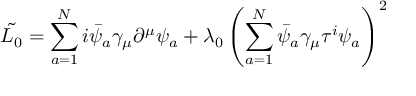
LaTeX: \tilde { L _ { 0 } } = \sum _ { a = 1 } ^ { N } i \bar { \psi } _ { a } \gamma _ { \mu } \partial ^ { \mu } \psi _ { a } + \lambda _ { 0 } \left( \sum _ { a = 1 } ^ { N } \bar { \psi } _ { a } \gamma _ { \mu } \tau ^ { i } \psi _ { a } \right) ^ { 2 }